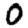
Digit: 0